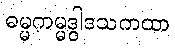
ဓမ္မကမ္မဒွါဒသကထာ